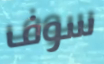
سوف